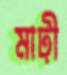
মাঢ়ী